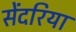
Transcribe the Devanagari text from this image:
सेंदरिया